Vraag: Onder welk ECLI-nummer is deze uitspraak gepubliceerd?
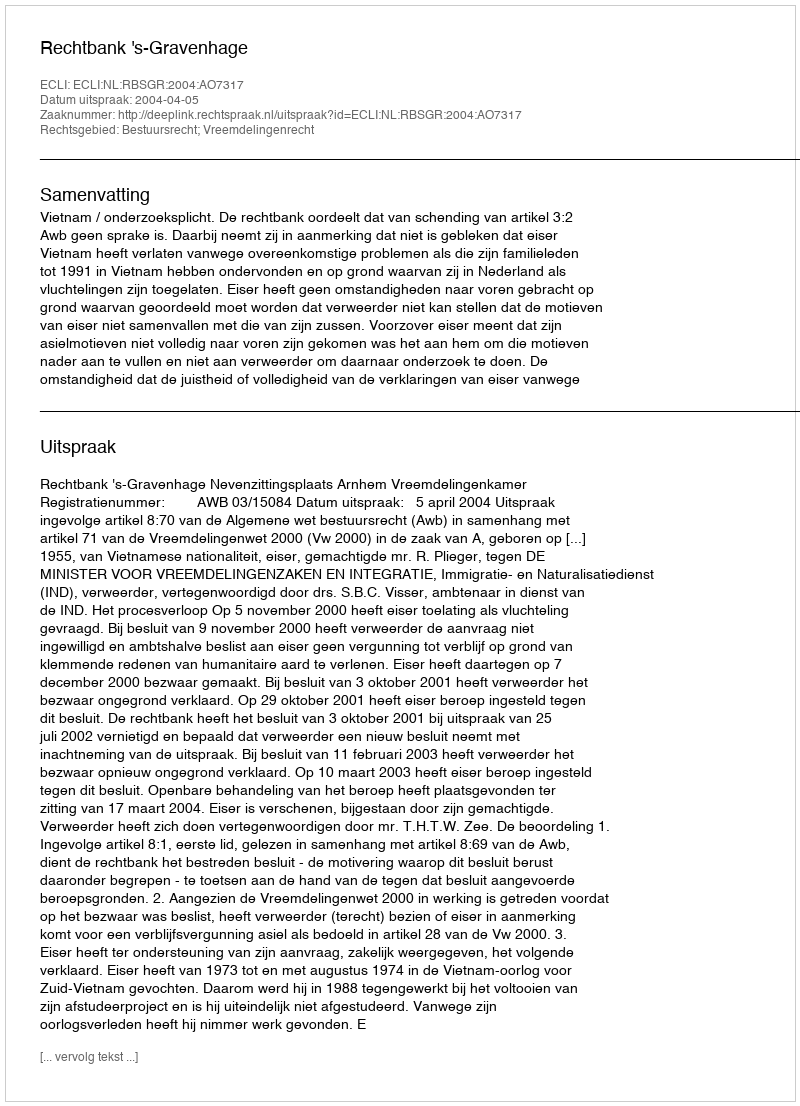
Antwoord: ECLI:NL:RBSGR:2004:AO7317